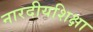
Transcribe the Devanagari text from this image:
नारदीयशिक्षा